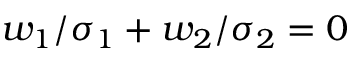
w _ { 1 } / \sigma _ { 1 } + w _ { 2 } / \sigma _ { 2 } = 0